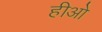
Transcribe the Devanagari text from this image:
हीओ